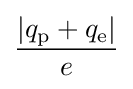
{\frac {\left|q_{\rm {p}}+q_{\rm {e}}\right|}{e}}